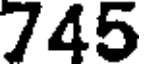
745